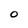
Character: O